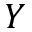
Y